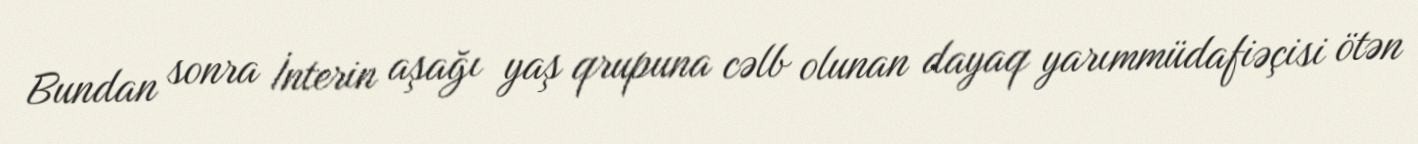
Bundan sonra İnterin aşağı yaş qrupuna cəlb olunan dayaq yarımmüdafiəçisi ötən